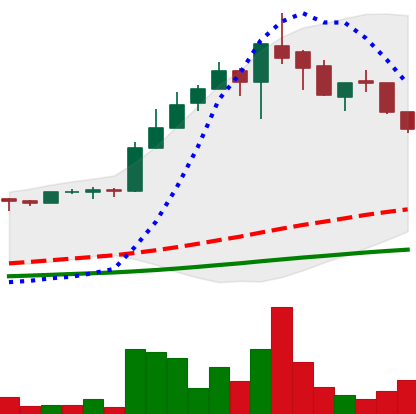
Ticker: LTC-USD
Chart end date: 2017-05-16
Forward return: 12.734%
Label: up_7plus